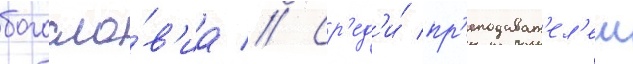
богосло́в'иа // Ср'ед'и́ пр'еподават'ел'еи